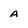
Character: A